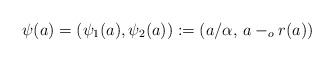
LaTeX: \begin{align*}\psi (a) = (\psi_1 (a), \psi_2 (a)) := (a /\alpha, \, a -_o r(a))\end{align*}